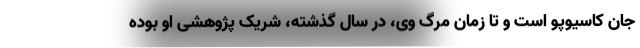
جان کاسیوپو است و تا زمان مرگ وی، در سال گذشته، شریک پژوهشی او بوده